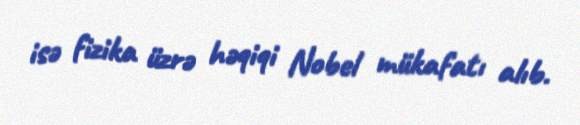
isə fizika üzrə həqiqi Nobel mükafatı alıb.